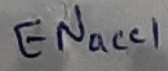
Text: ENacc1